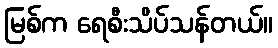
မြစ်က ရေစီးသိပ်သန်တယ်။